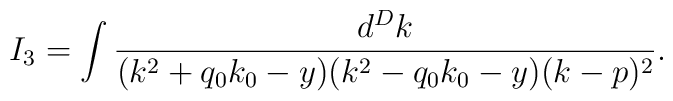
I_3= \int\frac{d^Dk}{(k^2+q_0k_0-y)(k^2-q_0k_0-y)(k-p)^2}.